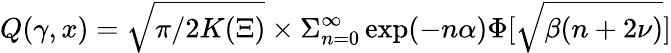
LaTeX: Q(\gamma,x)=\sqrt{\pi/2K(\Xi)}\times\Sigma_{n=0}^{\infty}\exp(-n\alpha)\Phi[\sqrt{\beta(n+2\nu)}]